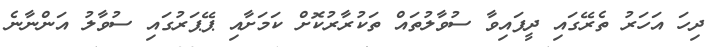
ދިހަ އަހަރު ތެރޭގައި ދީފައިވާ ސުވާލުތައް ތަކުރާރުކޮށް ކަމަށާއި ޕޭޕަރުގައި ސުވާލު އަންނާނެ